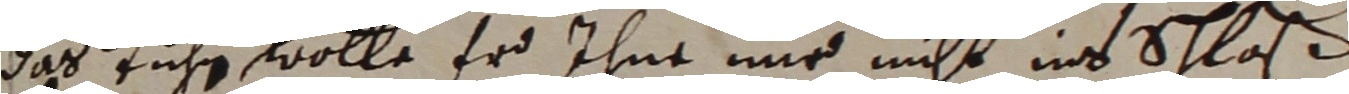
das tuhr wolle er ihne nir nicht ins schloß